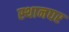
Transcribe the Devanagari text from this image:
स्थानघर